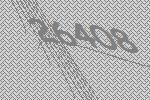
26408